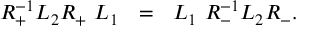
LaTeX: R _ { + } ^ { - 1 } L _ { 2 } R _ { + } ~ L _ { 1 } ~ ~ = ~ ~ L _ { 1 } ~ R _ { - } ^ { - 1 } L _ { 2 } R _ { - } .